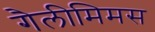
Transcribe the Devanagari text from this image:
गैलीमिमस